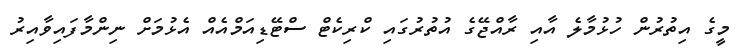
މީގެ އިތުރުން ހުޅުމާލެ އާއި ރާއްޖޭގެ އުތުރުގައި ކްރިކެޓް ސްޓޭޑިއަމްއެއް އެޅުމަށް ނިންމާފައިވާއިރު